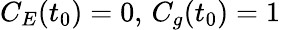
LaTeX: C_{E}(t_{0})=0,\, C_{g}(t_{0})=1